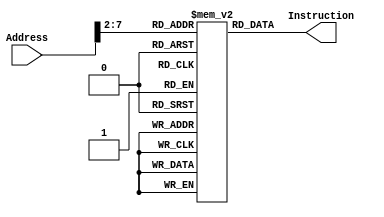

module InstructionMemory(Address, Instruction);
	input [30:0] Address;
	output [31:0] Instruction;
	
	(* rom_style = "distributed" *) reg [31:0] ROMDATA[63:0];
	integer i;
	
	initial begin
	ROMDATA[0] <= 32'h08000003;
	ROMDATA[1] <= 32'h0c00001b;
	ROMDATA[2] <= 32'h08000026;
	ROMDATA[3] <= 32'h00002026;
	ROMDATA[4] <= 32'h8c960000;
	ROMDATA[5] <= 32'h20840004;
	ROMDATA[6] <= 32'h00008026;
	ROMDATA[7] <= 32'h0216402a;
	ROMDATA[8] <= 32'h11000015;
	ROMDATA[9] <= 32'h2211ffff;
	ROMDATA[10] <= 32'h2a280000;
	ROMDATA[11] <= 32'h15000009;
	ROMDATA[12] <= 32'h00114880;
	ROMDATA[13] <= 32'h00895020;
	ROMDATA[14] <= 32'h8d4b0000;
	ROMDATA[15] <= 32'h8d4c0004;
	ROMDATA[16] <= 32'h018b402a;
	ROMDATA[17] <= 32'h11000003;
	ROMDATA[18] <= 32'h0c000017;
	ROMDATA[19] <= 32'h2231ffff;
	ROMDATA[20] <= 32'h0800000a;
	ROMDATA[21] <= 32'h22100001;
	ROMDATA[22] <= 32'h08000007;
	ROMDATA[23] <= 32'had4b0004;
	ROMDATA[24] <= 32'had4c0000;
	ROMDATA[25] <= 32'h03e00008;
	ROMDATA[26] <= 32'h1000ffff;
	ROMDATA[27] <= 32'h20180001;
	ROMDATA[28] <= 32'h20190001;
	ROMDATA[29] <= 32'h0018c740;
	ROMDATA[30] <= 32'h0019cf40;
	ROMDATA[31] <= 32'h23180018;
	ROMDATA[32] <= 32'h2339000c;
	ROMDATA[33] <= 32'h8f0d0000;
	ROMDATA[34] <= 32'h000d6880;
	ROMDATA[35] <= 32'h008d6820;
	ROMDATA[36] <= 32'haf2e0000;
	ROMDATA[37] <= 32'h1000ffff;
	for(i = 38;i < 64;i = i + 1) 
	ROMDATA[i]<=32'h0000_0000;
	end
	
	assign Instruction = ROMDATA[Address[9:2]];
		
endmodule